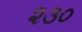
૨૩૦